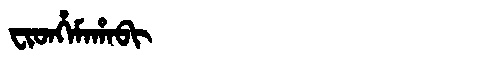
Manchu: ᠸᡳᡨᡥᡝᠮᠠᡥᠠᠪᡳ
Romanization: FITHEMAHABI